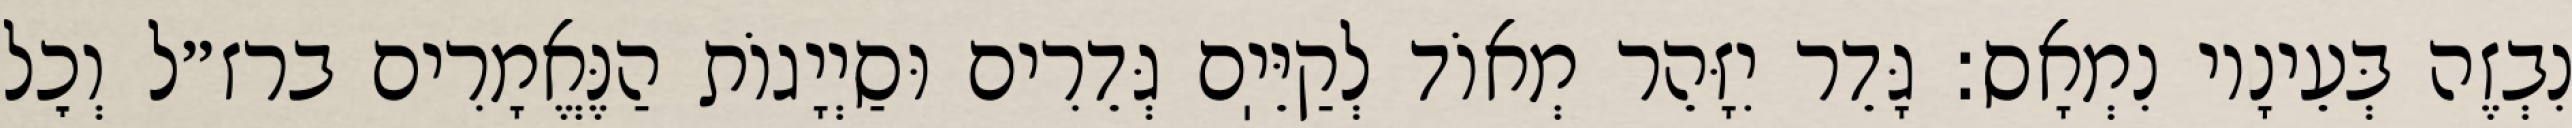
נִבְזֶה בְּעֵינָיו נִמְאָס: גָּדֵר יִזָּהֵר מְאוֹד לְקַיֵּיֽם גְּדֵרִים וּסַיְיָגוֹת הַנֶּאֱמָרִים ברז״ל וְכׇל